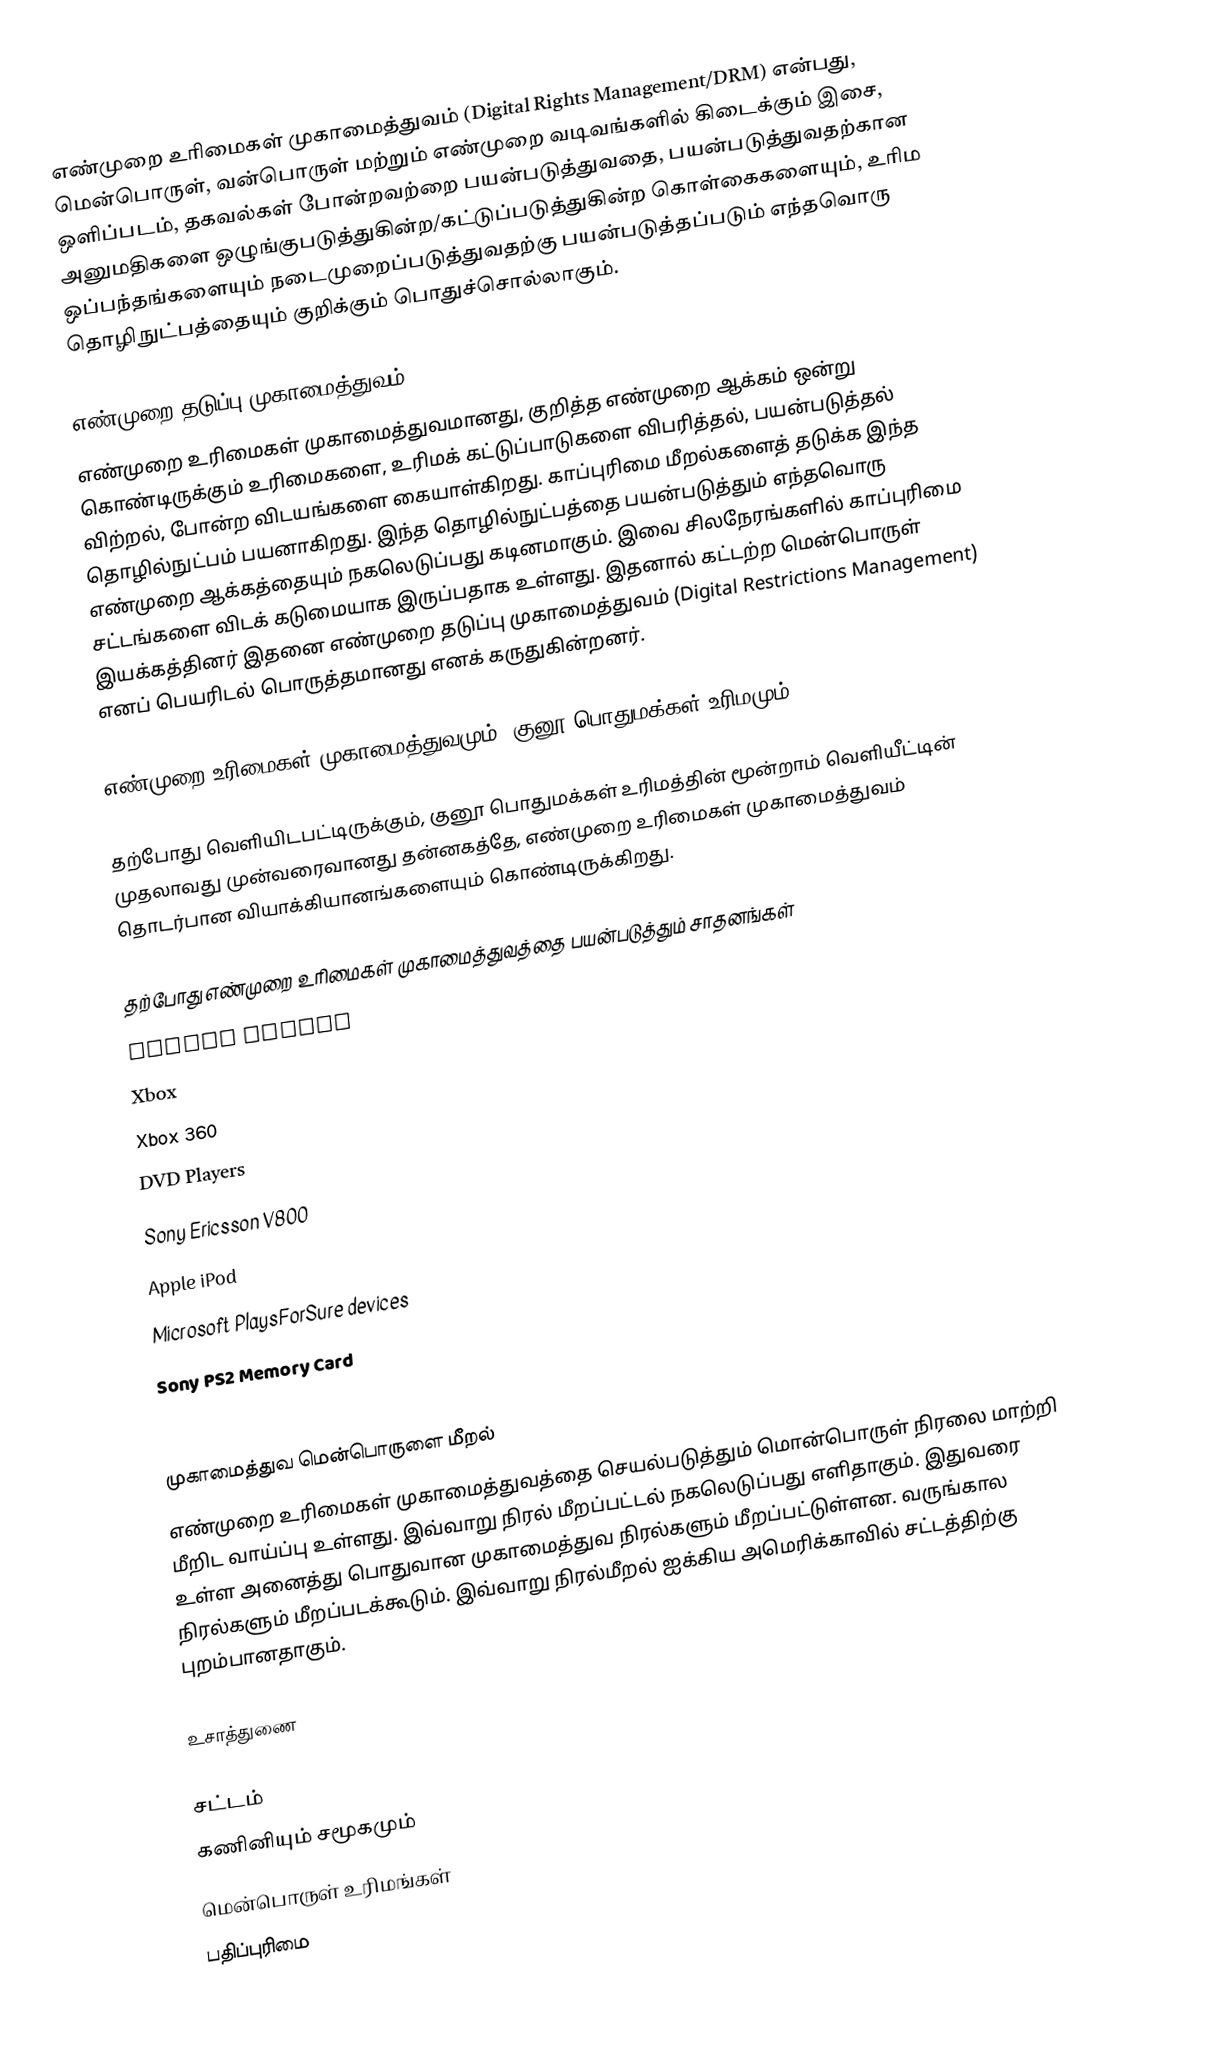
எண்முறை உரிமைகள் முகாமைத்துவம் (Digital Rights Management/DRM) என்பது, மென்பொருள், வன்பொருள் மற்றும் எண்முறை வடிவங்களில் கிடைக்கும் இசை, ஒளிப்படம், தகவல்கள்  போன்றவற்றை பயன்படுத்துவதை, பயன்படுத்துவதற்கான அனுமதிகளை ஒழுங்குபடுத்துகின்ற/கட்டுப்படுத்துகின்ற கொள்கைகளையும், உரிம ஒப்பந்தங்களையும் நடைமுறைப்படுத்துவதற்கு பயன்படுத்தப்படும் எந்தவொரு தொழிநுட்பத்தையும் குறிக்கும் பொதுச்சொல்லாகும்.

எண்முறை தடுப்பு முகாமைத்துவம்
எண்முறை உரிமைகள் முகாமைத்துவமானது, குறித்த எண்முறை ஆக்கம் ஒன்று கொண்டிருக்கும் உரிமைகளை, உரிமக் கட்டுப்பாடுகளை விபரித்தல், பயன்படுத்தல் விற்றல், போன்ற விடயங்களை கையாள்கிறது. காப்புரிமை மீறல்களைத் தடுக்க இந்த தொழில்நுட்பம் பயனாகிறது. இந்த தொழில்நுட்பத்தை பயன்படுத்தும் எந்தவொரு எண்முறை ஆக்கத்தையும் நகலெடுப்பது கடினமாகும். இவை சிலநேரங்களில் காப்புரிமை சட்டங்களை விடக் கடுமையாக இருப்பதாக உள்ளது. இதனால் கட்டற்ற மென்பொருள் இயக்கத்தினர் இதனை எண்முறை தடுப்பு முகாமைத்துவம் (Digital Restrictions Management) எனப் பெயரிடல் பொருத்தமானது எனக் கருதுகின்றனர்.

எண்முறை உரிமைகள் முகாமைத்துவமும், குனூ பொதுமக்கள் உரிமமும்

தற்போது வெளியிடபட்டிருக்கும், குனூ பொதுமக்கள் உரிமத்தின் மூன்றாம் வெளியீட்டின்  முதலாவது முன்வரைவானது தன்னகத்தே, எண்முறை உரிமைகள் முகாமைத்துவம் தொடர்பான வியாக்கியானங்களையும் கொண்டிருக்கிறது.

தற்போது எண்முறை உரிமைகள் முகாமைத்துவத்தை பயன்படுத்தும் சாதனங்கள்
Amazon Kindle
Xbox
Xbox 360
DVD Players
Sony Ericsson V800
Apple iPod
Microsoft PlaysForSure devices
Sony PS2 Memory Card
Sony Memory Stick

முகாமைத்துவ மென்பொருளை மீறல்
எண்முறை உரிமைகள் முகாமைத்துவத்தை செயல்படுத்தும் மொன்பொருள் நிரலை மாற்றி மீறிட வாய்ப்பு உள்ளது. இவ்வாறு நிரல் மீறப்பட்டல் நகலெடுப்பது எளிதாகும். இதுவரை உள்ள அனைத்து பொதுவான முகாமைத்துவ நிரல்களும் மீறப்பட்டுள்ளன. வருங்கால நிரல்களும் மீறப்படக்கூடும். இவ்வாறு நிரல்மீறல் ஐக்கிய அமெரிக்காவில் சட்டத்திற்கு புறம்பானதாகும்.

உசாத்துணை

சட்டம்
கணினியும் சமூகமும்
மென்பொருள் உரிமங்கள்
பதிப்புரிமை